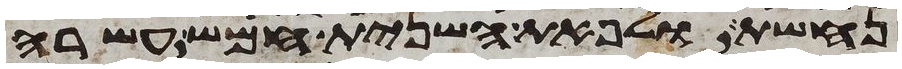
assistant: נחשת ולפאת השנית חמש עשרה